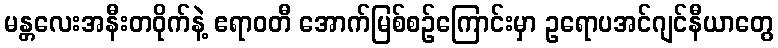
မန္တလေးအနီးတဝိုက်နဲ့ ဧရာဝတီ အောက်မြစ်စဉ်ကြောင်းမှာ ဥရောပအင်ဂျင်နီယာတွေ